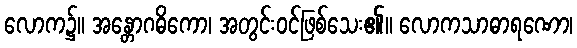
လောက၌။ အန္တောဂဓိကော၊ အတွင်းဝင်ဖြစ်သေး၏။ လောကသာဓာရဏော၊